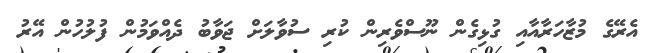
އެރޭގެ މުޒާހަރާއާއި ގުޅިގެން ނޫސްވެރިން ކުރި ސުވާލަށް ޖަވާބު ދެއްވަމުން ފުލުހުން އޭރު